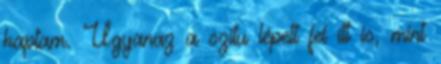
kaptam. Ugyanaz a szitu lépett fel itt is, mint